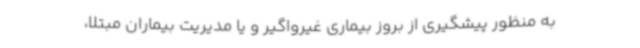
به منظور پیشگیری از بروز بیماری غیرواگیر و یا مدیریت بیماران مبتلا،